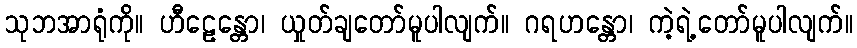
သုဘအာရုံကို။ ဟီဠေန္တော၊ ယှုတ်ချတော်မူပါလျက်။ ဂရဟန္တော၊ ကဲ့ရဲ့တော်မူပါလျက်။